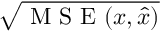
\sqrt { \mathrm { ~ M ~ S ~ E ~ } ( x , \hat { x } ) }